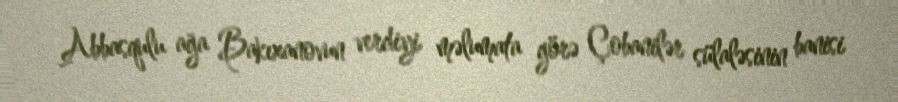
Abbasqulu ağa Bakıxanovun verdiyi məlumata görə Çobanilər sülaləsinin banisi